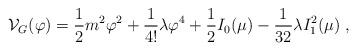
LaTeX: \begin{align*}{\cal V}_G (\varphi)={\frac {1}{2}}m^2\varphi^2+{\frac {1}{4!}}\lambda \varphi^4 +{\frac {1}{2}}I_0(\mu) -{\frac {1}{32}}\lambda I_1^2(\mu) \;,\end{align*}